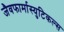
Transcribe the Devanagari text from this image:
जैवफार्मास्युटिकल्स